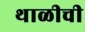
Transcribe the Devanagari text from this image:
थाळीची